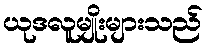
ယုဒလူမျိုးများသည်